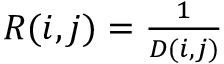
\begin{array} { r } { R ( i , j ) = \frac { 1 } { D ( i , j ) } } \end{array}